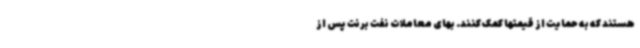
هستند که به حمایت از قیمتها کمک کنند. بهای معاملات نفت برنت پس از